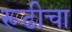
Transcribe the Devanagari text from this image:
रूढीचा